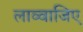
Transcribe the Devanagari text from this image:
लाव्वाजिए